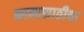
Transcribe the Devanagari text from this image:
कामासाठीचा